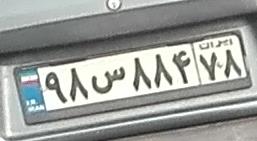
۹۸س۸۸۴۷۸